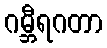
ဂမ္ဘီရဂတာ